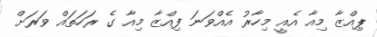
ޕިއްޒާ މިއާ އެއީ މިހާރު އެއްވަނަ ފިއްޒާ މިއާ ގެ ރަހަތައް ވަރަށް